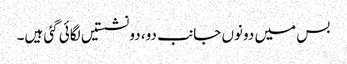
بس میں دونوں جانب دو، دو نشستیں لگائی گئی ہیں۔